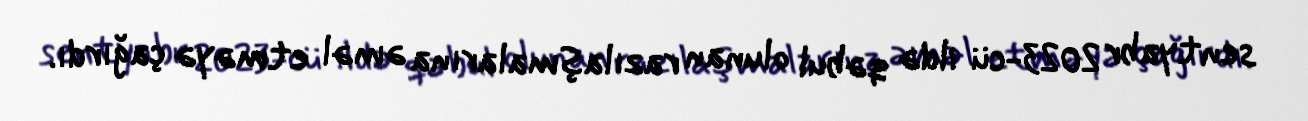
sentyabr 2023-cü ildə qəbul olunan razılaşmalarına əməl etməyə çağırdı.